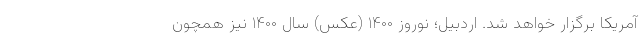
آمریکا برگزار خواهد شد. اردبیل؛ نوروز ۱۴۰۰ (عکس) سال ۱۴۰۰ نیز همچون